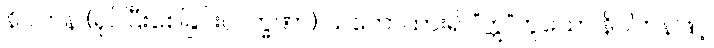
နိပါတန (ရုပ်ပြီးစေခြင်းလက္ခဏာ) သဘောထား၍ “ဣ”ဟူသော နိပါတနဖြင့်